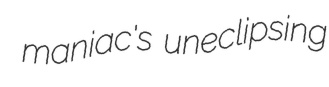
maniac's uneclipsing